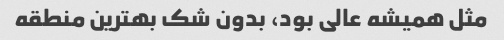
مثل همیشه عالی بود، بدون شک بهترین منطقه